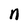
Character: n